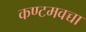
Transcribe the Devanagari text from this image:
कण्टमवच्चा